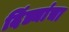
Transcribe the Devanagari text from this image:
दिंड्यांचा